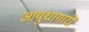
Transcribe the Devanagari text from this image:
आयुधागारों